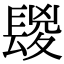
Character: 𨲔